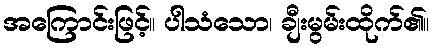
အကြောင်းဖြင့်။ ပါသံသော၊ ချီးမွမ်းထိုက်၏။